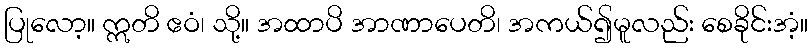
ပြုလော့။ ဣတိ ဧဝံ၊ သို့။ အထာပိ အာဏာပေတိ၊ အကယ်၍မူလည်း စေခိုင်းအံ့။